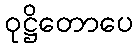
ဝုဋ္ဌိတောပေ